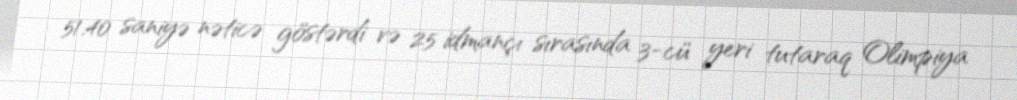
51.40 saniyə nəticə göstərdi və 25 idmançı sırasında 3-cü yeri tutaraq Olimpiya